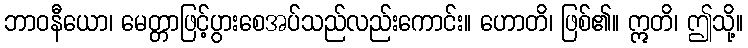
ဘာဝနီယော၊ မေတ္တာဖြင့်ပွားစေအပ်သည်လည်းကောင်း။ ဟောတိ၊ ဖြစ်၏။ ဣတိ၊ ဤသို့။